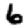
Digit: 6